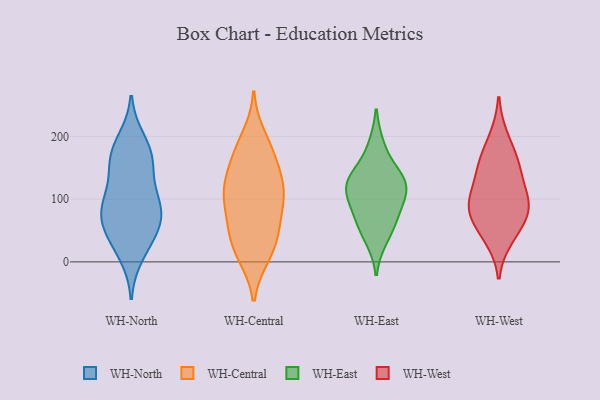
{"axis": {"x": "Budget (USD K)", "y": "Value"}, "legend": ["WH-Central", "WH-East", "WH-North", "WH-West"], "data": [{"x": "", "y": 76, "type": "WH-North"}, {"x": "", "y": 11, "type": "WH-North"}, {"x": "", "y": 58, "type": "WH-North"}, {"x": "", "y": 114, "type": "WH-North"}, {"x": "", "y": 157, "type": "WH-North"}, {"x": "", "y": 35, "type": "WH-North"}, {"x": "", "y": 101, "type": "WH-North"}, {"x": "", "y": 39, "type": "WH-North"}, {"x": "", "y": 159, "type": "WH-North"}, {"x": "", "y": 86, "type": "WH-North"}, {"x": "", "y": 194, "type": "WH-North"}, {"x": "", "y": 163, "type": "WH-North"}, {"x": "", "y": 180, "type": "WH-North"}, {"x": "", "y": 72, "type": "WH-North"}, {"x": "", "y": 83, "type": "WH-North"}, {"x": "", "y": 12, "type": "WH-Central"}, {"x": "", "y": 132, "type": "WH-Central"}, {"x": "", "y": 118, "type": "WH-Central"}, {"x": "", "y": 175, "type": "WH-Central"}, {"x": "", "y": 58, "type": "WH-Central"}, {"x": "", "y": 112, "type": "WH-Central"}, {"x": "", "y": 164, "type": "WH-Central"}, {"x": "", "y": 81, "type": "WH-Central"}, {"x": "", "y": 121, "type": "WH-Central"}, {"x": "", "y": 95, "type": "WH-Central"}, {"x": "", "y": 55, "type": "WH-Central"}, {"x": "", "y": 43, "type": "WH-Central"}, {"x": "", "y": 23, "type": "WH-Central"}, {"x": "", "y": 174, "type": "WH-Central"}, {"x": "", "y": 200, "type": "WH-Central"}, {"x": "", "y": 10, "type": "WH-Central"}, {"x": "", "y": 111, "type": "WH-Central"}, {"x": "", "y": 37, "type": "WH-East"}, {"x": "", "y": 128, "type": "WH-East"}, {"x": "", "y": 105, "type": "WH-East"}, {"x": "", "y": 140, "type": "WH-East"}, {"x": "", "y": 70, "type": "WH-East"}, {"x": "", "y": 121, "type": "WH-East"}, {"x": "", "y": 61, "type": "WH-East"}, {"x": "", "y": 96, "type": "WH-East"}, {"x": "", "y": 185, "type": "WH-East"}, {"x": "", "y": 130, "type": "WH-East"}, {"x": "", "y": 198, "type": "WH-West"}, {"x": "", "y": 159, "type": "WH-West"}, {"x": "", "y": 101, "type": "WH-West"}, {"x": "", "y": 154, "type": "WH-West"}, {"x": "", "y": 53, "type": "WH-West"}, {"x": "", "y": 103, "type": "WH-West"}, {"x": "", "y": 38, "type": "WH-West"}, {"x": "", "y": 74, "type": "WH-West"}, {"x": "", "y": 144, "type": "WH-West"}, {"x": "", "y": 87, "type": "WH-West"}, {"x": "", "y": 88, "type": "WH-West"}]}